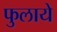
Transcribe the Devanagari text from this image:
फुलाये